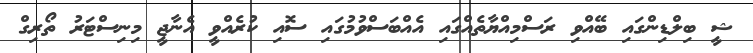
ޝީ ބިލްޑިންގައި ބޭއްވި ރަސްމިއްޔާތެއްގައި އެއްބަސްވުމުގައި ސޮއި ކުރެއްވީ އެނާޖީ މިނިސްޓަރު ތޯރިގް